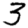
Digit: 3